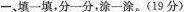
一、填一填，分一分，涂-涂。(19分)